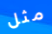
مثل